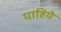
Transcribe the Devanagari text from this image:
याहिये